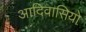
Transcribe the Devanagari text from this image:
आदिवासियो